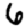
Digit: 6